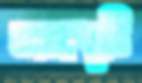
অসাধ্যটি